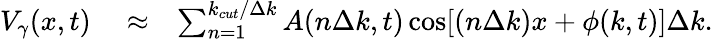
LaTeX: \begin{array}{rlr}{V_{\gamma}(x,t)}&{{}\approx}&{\sum_{n=1}^{k_{cut}/\Delta k}A(n\Delta k,t)\cos[(n\Delta k)x+\phi(k,t)]\Delta k.}\end{array}